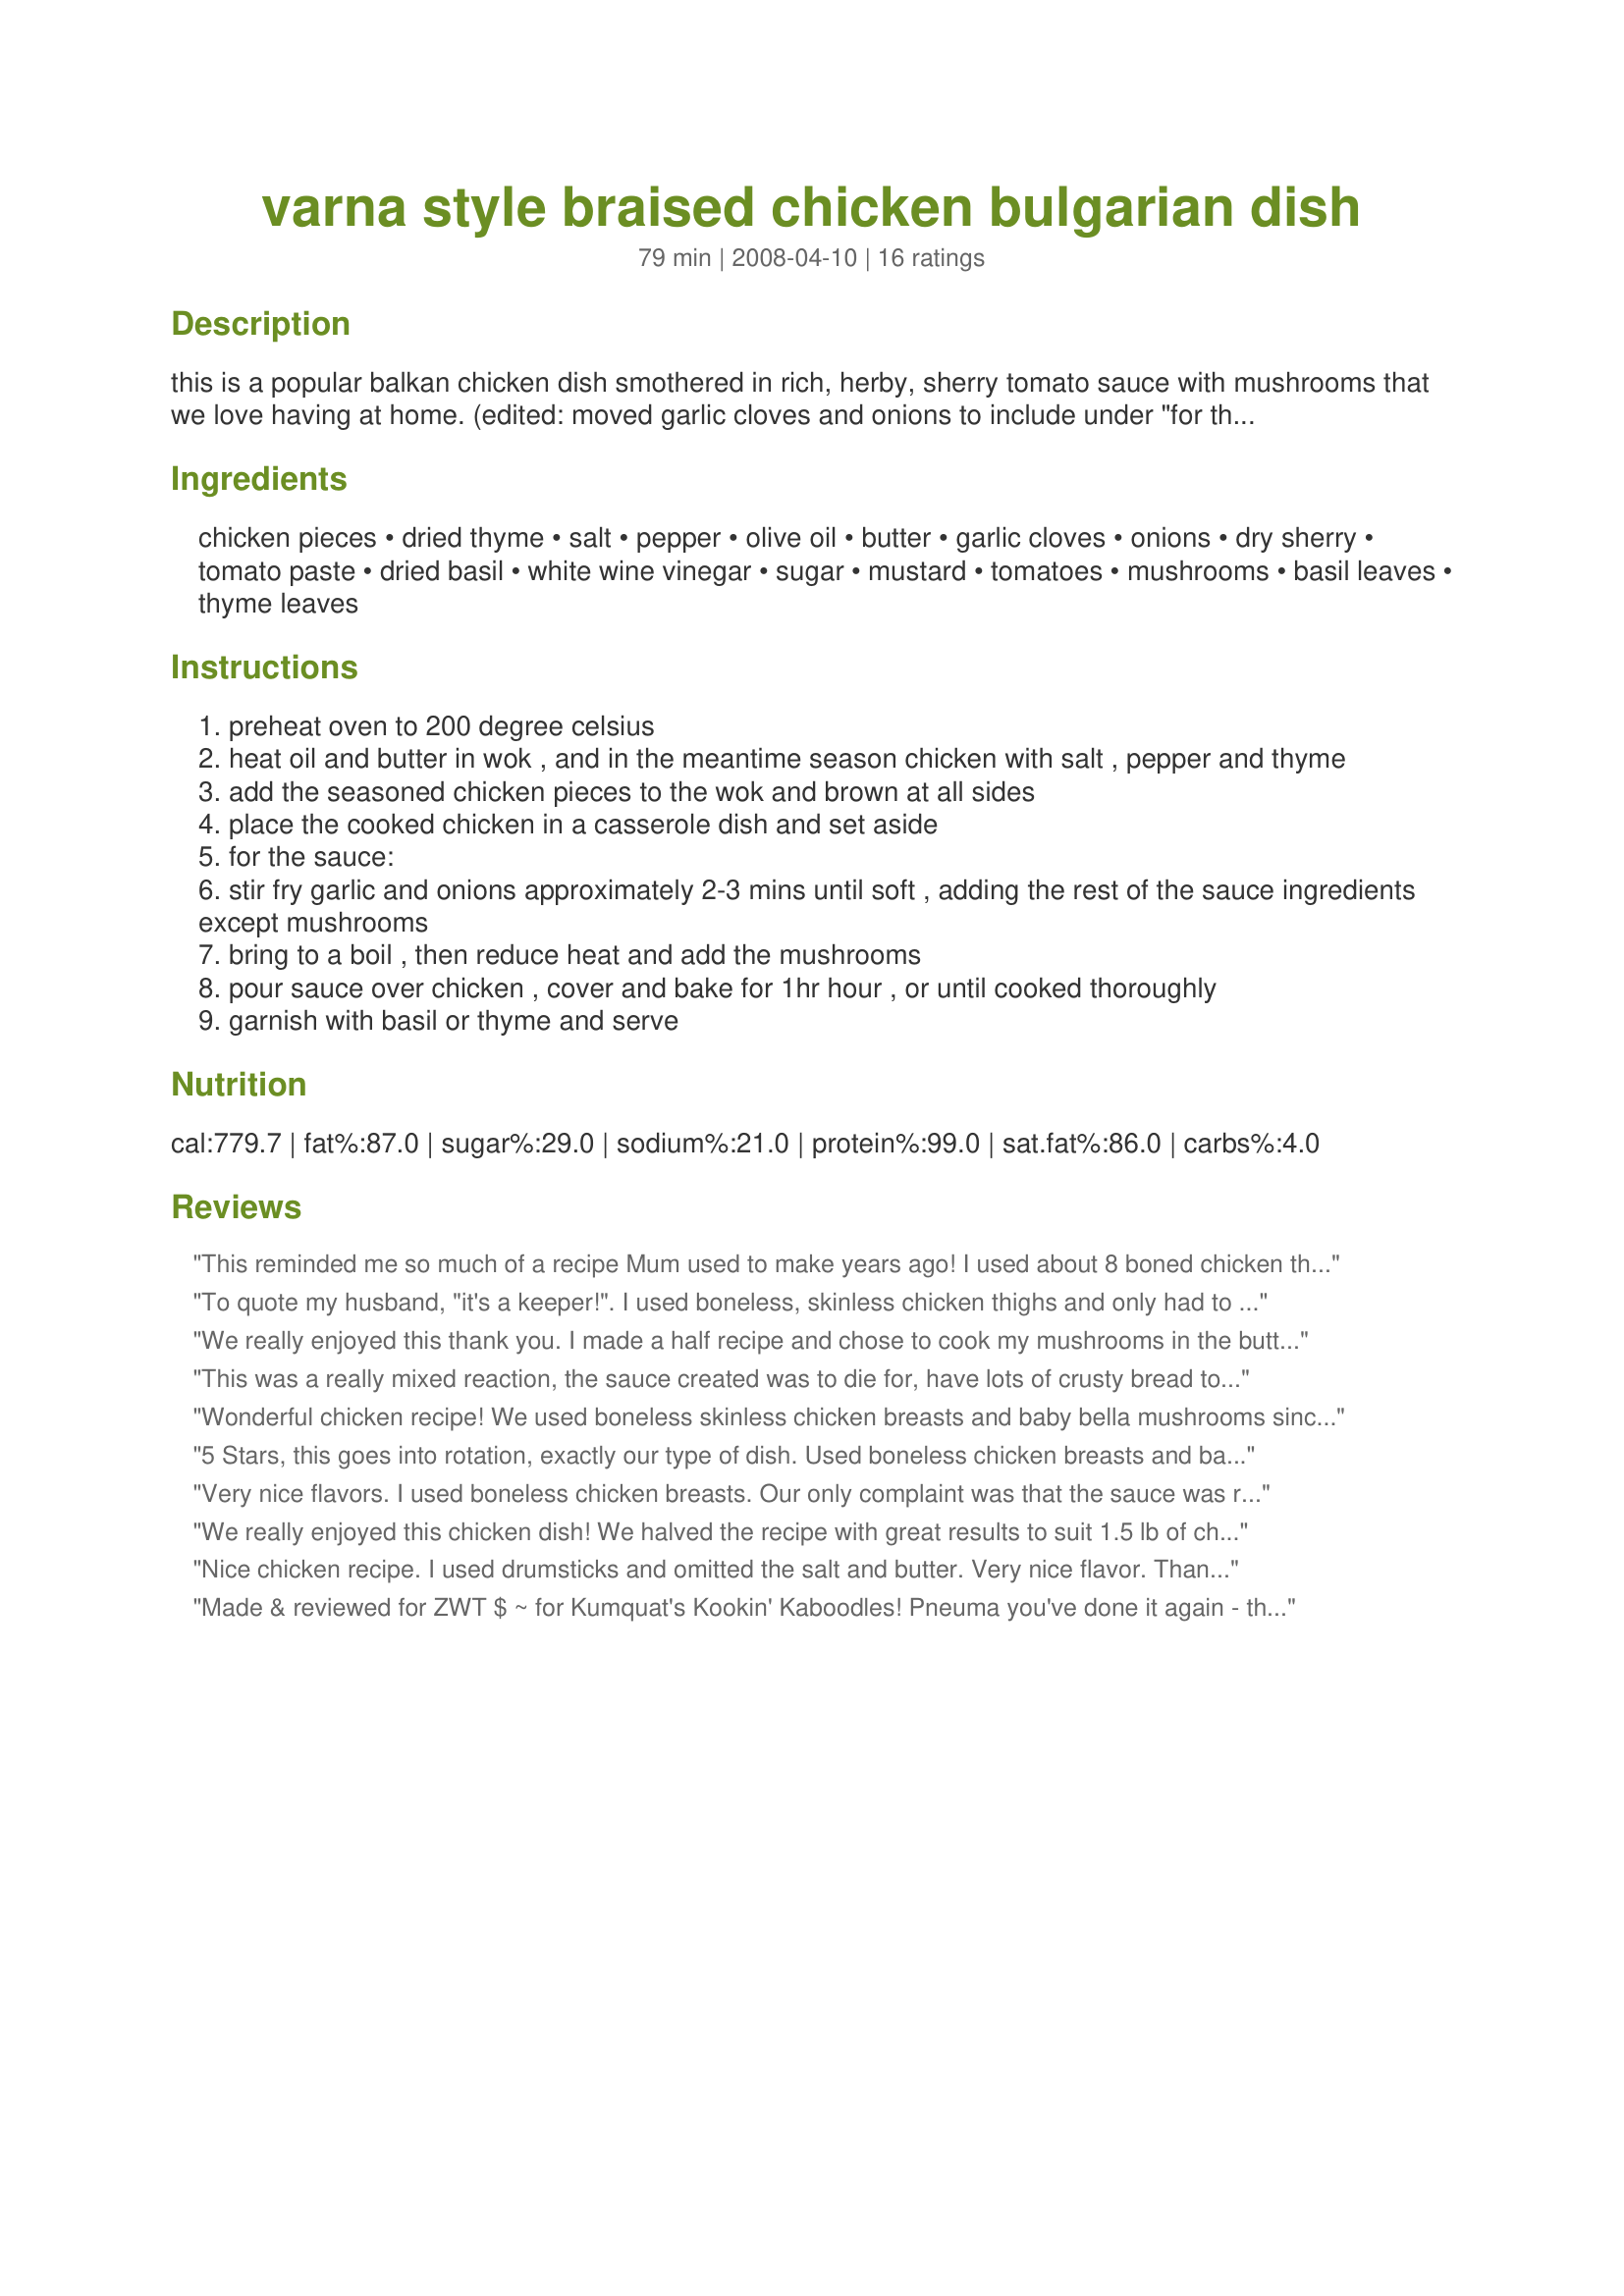
varna style braised chicken bulgarian dish
Preparation time: 79 minutes

this is a popular balkan chicken dish smothered in rich, herby, sherry tomato sauce with mushrooms that we love having at home.

(edited: moved garlic cloves and onions to include under "for the sauce" to coincide with procedure as spotted by katel. no actual change to recipe has been made.)

Ingredients:
chicken pieces, dried thyme, salt, pepper, olive oil, butter, garlic cloves, onions, dry sherry, tomato paste, dried basil, white wine vinegar, sugar, mustard, tomatoes, mushrooms, basil leaves, thyme leaves

Steps:
preheat oven to 200 degree celsius
heat oil and butter in wok , and in the meantime season chicken with salt , pepper and thyme
add the seasoned chicken pieces to the wok and brown at all sides
place the cooked chicken in a casserole dish and set aside
for the sauce:
stir fry garlic and onions approximately 2-3 mins until soft , adding the rest of the sauce ingredients except mushrooms
bring to a boil , then reduce heat and add the mushrooms
pour sauce over chicken , cover and bake for 1hr hour , or until cooked thoroughly
garnish with basil or thyme and serve

Reviews:
This reminded me so much of a recipe Mum used to make years ago! I used about 8 boned chicken thighs and the chicken was just fall apart tender. Cooked in the oven a lot slower, 125C for about 2 1/2 hours and by the time it was ready everything just melted together beautifully. Served with Recipe #294344 and some steamed peas.
To quote my husband, "it's a keeper!". I used boneless, skinless chicken thighs and only had to bake for 30 minutes. I definitely will be making this again. Made for PRMR.
We really enjoyed this thank you. I made a half recipe and chose to cook my mushrooms in the butter/oil mix after I took the chicken pieces out. I spooned it over the chicken then went on to step 5. I hate un-fried mushrooms as I think they are sort of spongy LOL. We ate this over polenta with a side salad of grilled fennel, baby leaves, red onion and parmesan. I wanted to photograph this but couldn't find my camera after a few days away and my dinner was getting cold!
This was a really mixed reaction, the sauce created was to die for, have lots of crusty bread to mop up, the chicken was moist and fell off the bone. I used a large whole chicken which I quartered and cooked for 1 1/2 hours (could possibly have done with 1 1/4 hours). After I cooked off the chicken quarters (put in casserole dish) and then cooked the onions (I had already mixed the minced garlic with the other sauce ingredients - my mistake) I felt there was far too much oil left and poured half out and then continued cooking as per recipe. I served the sauce over pasta and the DM was picking off the sauce and leaving the pasta, the DS ate the lot and was looking for extra bread, I was battling to get through my lot and the DH reconned it was pretty godod (high praise from him). Thank you Pneuma, made for Please Review My Recipe.
Wonderful chicken recipe! We used boneless skinless chicken breasts and baby bella mushrooms since I prefer them. Instead of the sherry we substituted chicken broth and a large can of petite diced tomaotes for the fresh. The sauce was so good and the chicken very moist and tender. Served with brown rice and and steamed veggies. Thank you for posting hon! Made and reviewed for Adopt A TAg.
5 Stars, this goes into rotation, exactly our type of dish. Used boneless chicken breasts and baby bella mushrooms and 2 cans of diced tomatoes. Recipe #183993 #183993 made a good side, as you can begin the potato recipe just after the chicken is placed in the oven. Made for Please Review My Recipe.
Very nice flavors. I used boneless chicken breasts. Our only complaint was that the sauce was really juicy. The mushrooms really enhanced the chicken. Thank you for a nice recipe Penuma.
We really enjoyed this chicken dish! We halved the recipe with great results to suit 1.5 lb of chicken pieces. The dish comes together quickly and easily. I did all of the steps using my dutch oven. I used fresh tomatoes and shiitake mushrooms, and the sauce was very delicious. DH suggested that next time we make this that we season the chicken itself more heavily and I agree. I served this with Rita's Recipe #106251 as a side as well as some garlic bread. We would definitely make this dish again. Thanks for posting!
Nice chicken recipe. I used drumsticks and omitted the salt and butter. Very nice flavor. Thanks for sharing!
Made & reviewed for ZWT $ ~ for Kumquat's Kookin' Kaboodles! Pneuma you've done it again - this is another amazingly delicious recipe! The chicken is so moist, tender & juicy. The sauce is just perfect with it & we all enjoyed this with mashed potato. I had to make a couple of subs but it was still outstanding! Thanks again Pneuma :)
Quite the tasty recipe without having to use much salt- the sauce definitely carries the dish well. I did everything in a single wok so I could get the tasty brown bits from the chicken when I added the sauce ingredients- scrape the bottom a bit to get them into the sauce, its worth it. My wife is allergic to mushrooms so I halved the chicken and sauce before adding mushrooms- both portions turned out excellent. The non-mushroom portion reduced even more in the oven since it had less water content (because of the mushrooms), and was quite tasty too. I served it on a bed of egg noodles, rice would definitely mop up every last bit of juice too.
Yummy! This was so easy to prepare and make. I kept to the recipe except used coriander as garnish, because I ran out of basil and didn't have any thyme leaves. I used skinless on the bone thigh pieces and it was so tender. The flavours were very lovely and Little Miss (DD) really enjoyed the mushrooms. Thank you Pneuma
This was very good. I also used skinless bone-in thighs and used crimini mushrooms. Because tomatoes are not in season yet I used a 15 oz can, drained, for a half recipe. This was very easy and tasty and the chicken was super tender after the long braise. I thought the sauce could use a little more seasoning but that is probably just personal taste. Thanks for the recipe!
This has a lovely flavor. I had some carrots to use up and put those in also. I did it in the crock pot and used 2 15-oz cans of diced tomatoes. Since I simmered it, I didn't use any of the olive oil or butter. Served with mashed potatoes with sour cream. Yummy!
This was a very good chicken dish. The sauce for this dish was devine. I also had to use canned tomatoes since thats all I had in my house, but it sti;; came out great.
This was pretty tasty! I halved the recipe, used boneless skinless chicken breasts, left out the mushrooms, and used a can of diced tomatoes in place of the fresh ones. Served with buttered fettuccine noodles and roasted cauliflower. DH loved it and said he thought it tasted like the sauce on his father's stuffed cabbage recipe, and he specifically requested that we have this again. Thank you for sharing!
